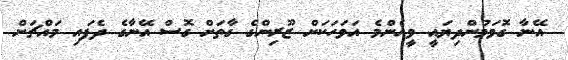
އޭނާ ގޮވަމުންދިޔައީ ވީއެންމެ އަވަހަކަށް ޒޫރިންގެ ގާތަށް ގޮސް އޭނާގެ ދެފައި މައްޗަށް